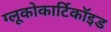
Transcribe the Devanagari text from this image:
ग्लूकोकार्टिकॉइड